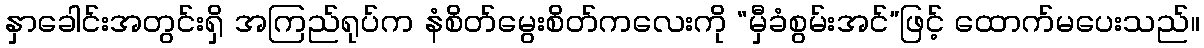
နှာခေါင်းအတွင်းရှိ အကြည်ရုပ်က နံစိတ်မွေးစိတ်ကလေးကို “မှီခံစွမ်းအင်”ဖြင့် ထောက်မပေးသည်။